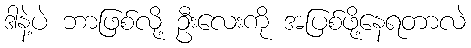
ဒါနဲ့ပဲ ဘာဖြစ်လို့ ဦးလေးကို အပြစ်ဖို့နေရတာလဲ